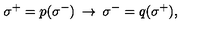
\: \sigma ^ { + } = p ( \sigma ^ { - } ) \: \rightarrow \: \sigma ^ { - } = q ( \sigma ^ { + } ) , \: